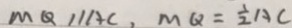
M Q / / A C , M Q = \frac { 1 } { 2 } A C